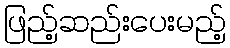
ဖြည့်ဆည်းပေးမည့်